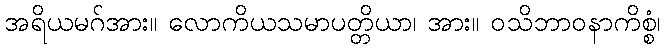
အရိယမဂ်အား။ လောကိယသမာပတ္တိယာ၊ အား။ ဝသိဘာဝနာကိစ္စံ၊